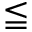
\leqq